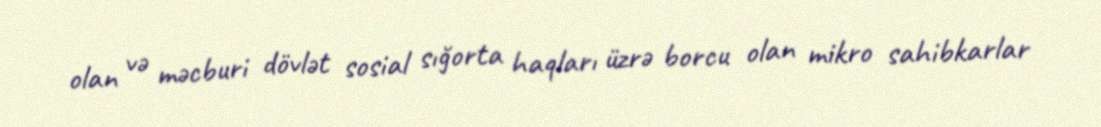
olan və məcburi dövlət sosial sığorta haqları üzrə borcu olan mikro sahibkarlar